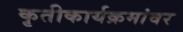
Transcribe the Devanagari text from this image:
कृतीकार्यक्रमांवर